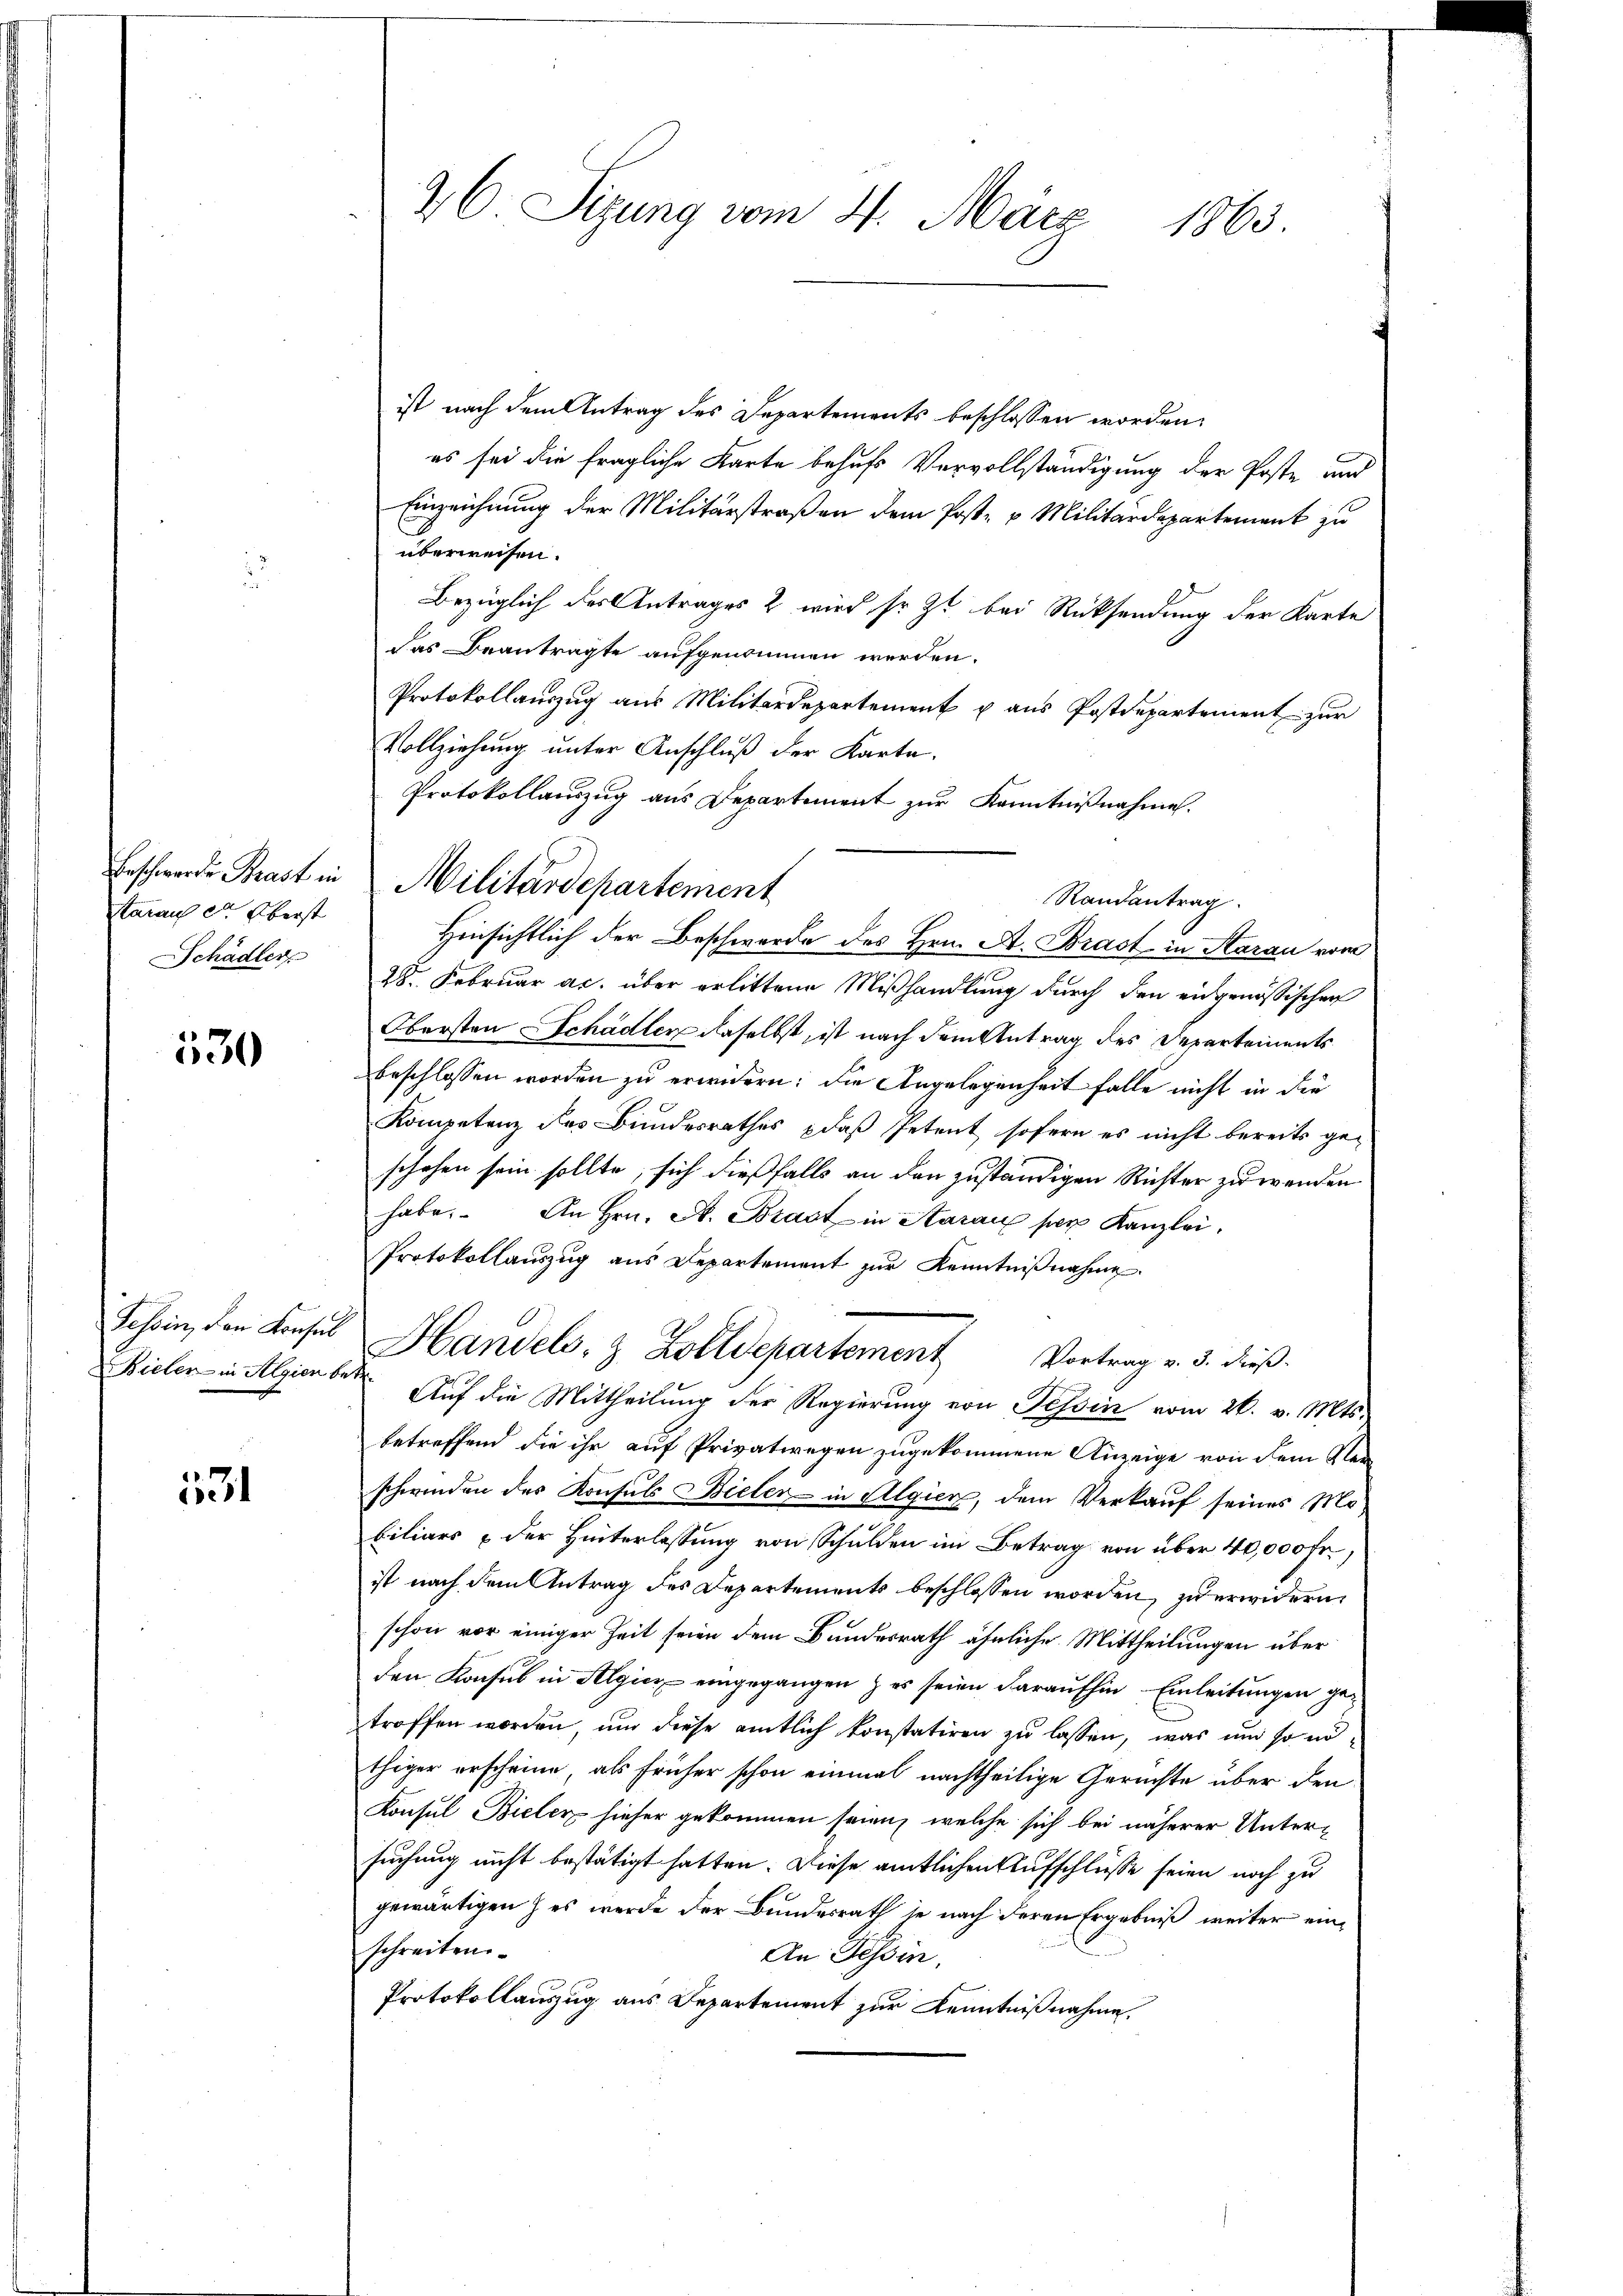
Erschwerde Brast in
tarauf der Oberst
Schädler

530

Tessin, den Konsul

31

26 Sizung vom 4. März 1863.

ist nach dem Antrag des Departements beschlossen worden,
es sei die fragliche Karte behufs Vervollständigung der Poste und
Einzeichnung der Militärstraßen dem Post- u Militärdepartement zu
überweisen.
Bezüglich des Antrages 2 wird so zu bei Rücksendung der Karte
das Beantragte aufgenommen werden.
Protokollauszug aus Militärdepartement u aus Postdepartement zur
Vollziehung unter Anschluß der Karte.
Protokollauszug aus Departement zŭr Kenntnißnahme.
Hinsichtlich der Beschwerde des Hrn. A. Brast in Aarau vom
28. Februar ac. über erlittene Mißhandlung durch den eidgenössischen
Obersten Schädler daselbst, ist nach dem Antrag des Departements
beschlossen worden zu erwidern: die Angelegenheit falle nicht in die
Kompetenz des Bundesrathes daß Petent sofern es nicht bereits geschehen sein sollte, sich dießfalls an den zuständigen Richter zu wenden
habe. An Hrn. A. Brast in Aarau per Kanzlei,
Protokollauszug aus Departement zŭr Kenntniβnahme.
Handels- & Zolldepartement Vortrag v. 3. dieß.
Bieler in Algien betr. Auf die Mittheilung der Regierung von Tessin vom 26. v. Mts.
betreffend die ihr auf Privatwegen zugekommene Anzeige von dem Kleischwinden des Konsuls Bieler - in Algien, dem Verkauf seines Mobiliars & der Hinterlassung von Schulden im Betrag von über 40,000 Fr.,
ist nach dem Antrag des Departements beschlossen worden, zu erwidern,
schon vor einiger Zeit seien dem Bundesrath ähnliche Mittheilungen über
den Konsul in Algien eingegangen & es seien daraufhin - Einleitungen getroffen worden, und diese amtlich konstatiren zu lassen, was und so nöthiger erscheine, als früher schon einmal nachtheilige Gerichte über den
Konsul Bieler hieher gekommen seien, welche sich bei näherer Untersuchung nicht bestätigt hatten. Diese amtlichen Aufschlüsse seien noch zu
gewärtigen & es werde der Bundesrath je nach deren Ergebniß weiter einschreiten
An Tessin,
Protokollauszug aus Departement zur Kenntnißnahme.

Militärdepartement

Randantrag